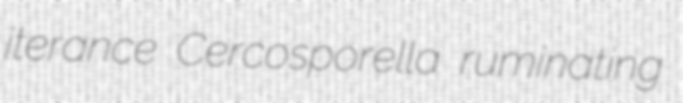
iterance Cercosporella ruminating